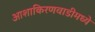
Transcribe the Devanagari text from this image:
आशाकिरणवाडीमध्ये